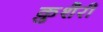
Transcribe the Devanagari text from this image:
क़ुशैरी